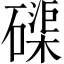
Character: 磲